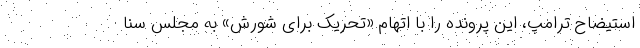
استیضاح ترامپ، این پرونده را با اتهام «تحریک برای شورش» به مجلس سنا